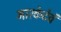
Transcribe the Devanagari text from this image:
मारकेटेवं